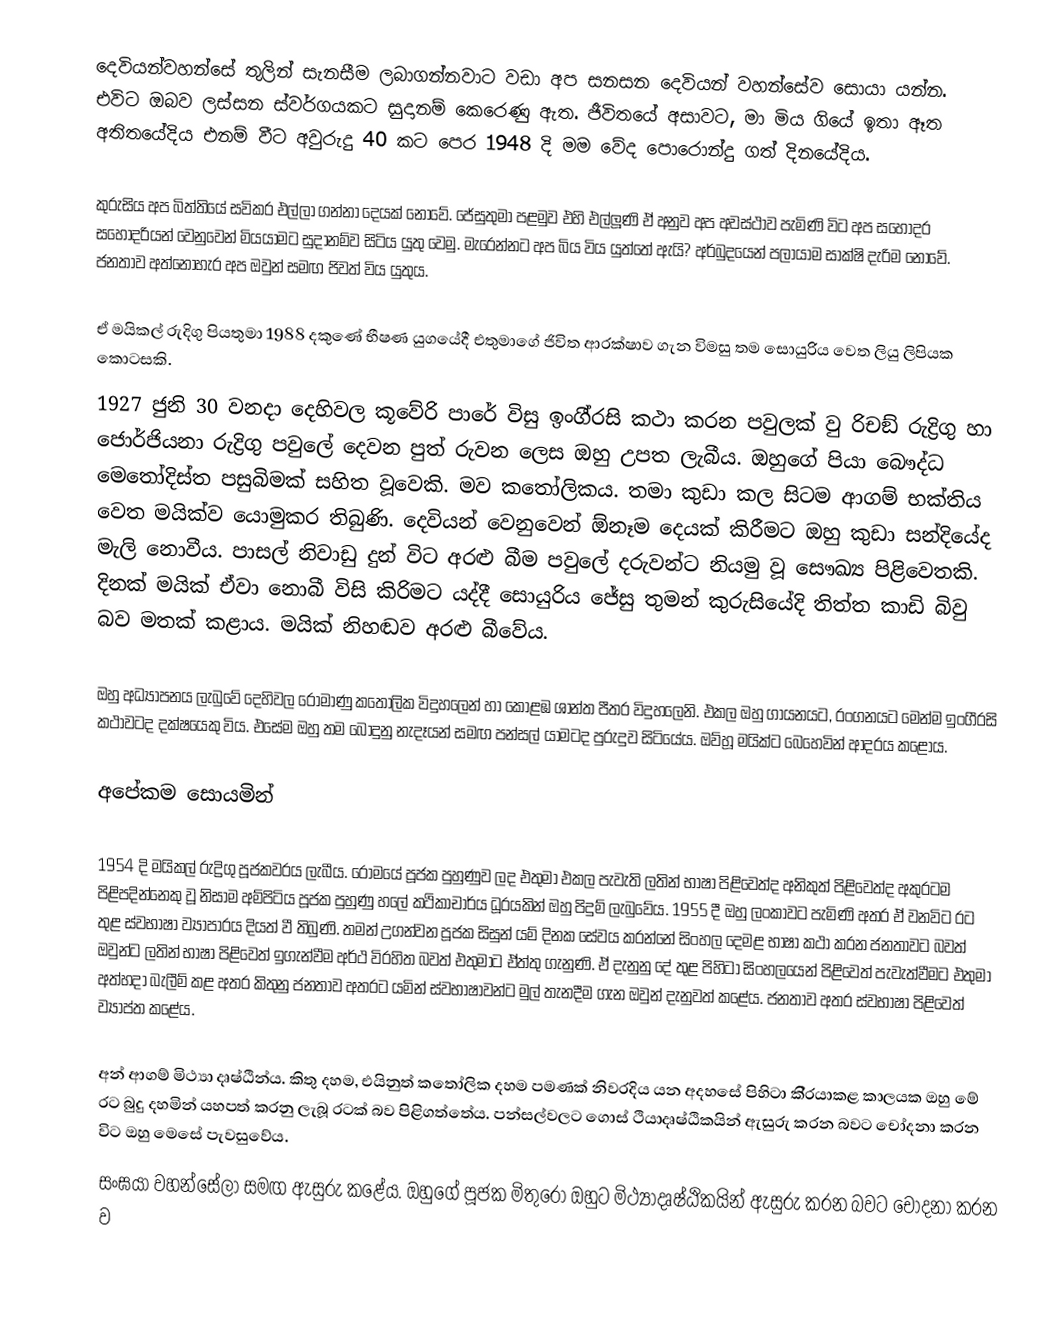
දෙවියන්වහන්සේ තුලින් සැනසීම ලබාගන්නවාට වඩා අප සනසන දෙවියන් වහන්සේව සොයා යන්න. එවිට ඔබව ලස්සන ස්වර්ගයකට සුදානම් කෙරෙණු ඇත. ජීවිතයේ අසාවට, මා මිය ගියේ ඉතා ඈත අතිතයේදිය එනම් වීට අවුරුදු 40 කට පෙර 1948 දි මම වේද පොරොන්දු ගත් දිනයේදිය.

	කුරුසිය අප බිත්තියේ සවිකර එල්ලා ගන්නා දෙයක් නොවේ. ජේසුතුමා පළමුව එහි එල්ලූණි ඒ අනුව අප අවස්ථාව පැමිණි විට අප සහෝදර සහෝදරියන් වෙනුවෙන් මියයාමට සුදානම්ව සිටිය යුතු වෙමු. මැරෙන්නට අප බිය විය යුත්තේ ඇයි? අර්බුදයෙන් පලායාම සාක්ෂි දැරිම නොවේ. ජනතාව අත්නොහැර අප ඔවුන් සමඟ ජිවත් විය යුතුය.

	ඒ මයිකල් රුදිගු පියතුමා 1988 දකුණේ භීෂණ යුගයේදී එතුමාගේ ජිවිත ආරක්ෂාව ගැන විමසු තම සොයුරිය වෙත ලියු ලිපියක කොටසකි.
	1927 ජුනි 30 වනදා දෙහිවල කූවේරි පාරේ විසු ඉංගී‍්‍රසි කථා කරන පවුලක් වු රිචඞ් රුද්‍රිගු හා ජොර්ජියනා රුද්‍රිගු පවුලේ දෙවන පුත් රුවන ලෙස ඔහු උපත ලැබීය. ඔහුගේ පියා බෞද්ධ මෙතෝදිස්ත පසුබිමක් සහිත වූවෙකි. මව කතෝලිකය. තමා කුඩා කල සිටම ආගම් භක්තිය වෙත මයික්ව යොමුකර තිබුණි. දෙවියන් වෙනුවෙන්  ඕනෑම දෙයක් කිරීමට ඔහු කුඩා සන්දියේද මැලි නොවීය. පාසල් නිවාඩු දුන් විට අරළු බීම පවුලේ දරුවන්ට නියමු වූ සෞඛ්‍ය පිළිවෙතකි. දිනක් මයික් ඒවා නොබී විසි කිරිමට යද්දී සොයුරිය ජේසු තුමන් කුරුසියේදි තිත්ත කාඩි බිවු බව මතක් කළාය. මයික් නිහඬව අරළු බීවේය.

	ඔහු අධ්‍යාපනය ලැබුවේ දෙහිවල රෝමාණු කතෝලික විදුහලෙන් හා කොළඹ ශාන්ත පීතර විදුහලෙනි. එකල ඔහු ගායනයට, රංගනයට මෙන්ම ඉංගී‍්‍රසි කථාවටද දක්ෂයෙකු විය. එසේම ඔහු තම බොදුනු නැදෑයන් සමඟ පන්සල් යාමටද පුරුදුව සිටියේය. ඔව්හූ මයික්ට බෙහෙවින් ආදරය කළෝය.

අපේකම සොයමින්

	1954 දි මයිකල් රුද්‍රිගු පූජකවරය ලැබීය. රෝමයේ පූජක පුහුණුව ලද එතුමා එකල පැවැති ලතින් භාෂා පිළිවෙත්ද අනිකුත් පිළිවෙත්ද අකුරටම පිළිපදින්නෙකු වූ නිසාම අම්පිටිය පූජක පුහුණු හලේ කථිකාචාර්ය ධූරයකින් ඔහු පිදුම් ලැබුවේය. 1955 දී ඔහු ලංකාවට පැමිණි අතර ඒ වනවිට රට තුළ ස්වභාෂා ව්‍යාපාරය දියත් වී තිබුණි. තමන් උගන්වන පූජක සිසුන් යම් දිනක සේවය කරන්නේ සිංහල දෙමළ භාෂා කථා කරන ජනතාවට බවත් ඔවුන්ට ලතින් භාෂා පිළිවෙත් ඉගැන්වීම අර්ථ විරහිත බවත් එතුමාට ඒත්තු ගැනුණි. ඒ දැනුනු දේ තුළ පිහිටා සිංහලයෙන් පිළිවෙත් පැවැත්වීමට එතුමා අත්හදා බැලීම් කළ අතර කිතුනු ජනතාව අතරට යමින් ස්වභාෂාවන්ට මුල් තැනදීම ගැන ඔවුන් දැනුවත් කළේය. ජනතාව අතර ස්වභාෂා පිළිවෙත් ව්‍යාප්ත කළේය.

	අන් ආගම් මිථ්‍යා දෘෂ්ඨින්ය. කිතු දහම, එයිනුත් කතෝලික දහම පමණක් නිවරදිය යන අදහසේ පිහිටා කි‍්‍රයාකළ කාලයක ඔහු මේ රට බුදු දහමින් යහපත් කරනු ලැබූ රටක් බව පිළිගත්තේය. පන්සල්වලට ගොස් ථියාදෘෂ්ඨිකයින් ඇසුරු කරන බවට චෝදනා කරන විට ඔහු මෙසේ පැවසුවේය.
සංඝයා වහන්සේලා සමඟ ඇසුරු කළේය. ඔහුගේ පූජක මිතුරෝ ඔහුට මිථ්‍යාදෘෂ්ඨිකයින් ඇසුරු කරන බවට චෝදනා කරන ව